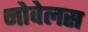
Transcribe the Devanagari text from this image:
नोवेलस